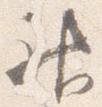
神